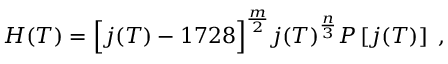
H ( T ) = \Bigl [ j ( T ) - 1 7 2 8 \Bigr ] ^ { \frac { m } { 2 } } j ( T ) ^ { \frac { n } { 3 } } P \left[ j ( T ) \right] \; ,